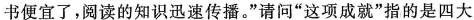
书便宜了，阅读的知识迅速传播。“请问”这项成就“指的是四大